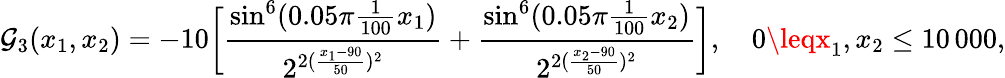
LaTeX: \mathcal{G}_{3}(x_{1},x_{2})=-10\bigg[\frac{{\sin^{6}(0.05\pi\frac{{1}}{{100}}x_{1})}}{{2^{2(\frac{{x_{1}-90}}{{50}})^{2}}}}+\frac{{\sin^{6}(0.05\pi\frac{{1}}{{100}}x_{2})}}{{2^{2(\frac{{x_{2}-90}}{{50}})^{2}}}}\bigg],\quad0\leqx_{1},x_{2}\leq10\, 000,